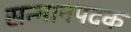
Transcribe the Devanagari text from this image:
सन्मानपदक